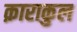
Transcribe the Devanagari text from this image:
क़ाराकुल